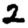
Digit: 2